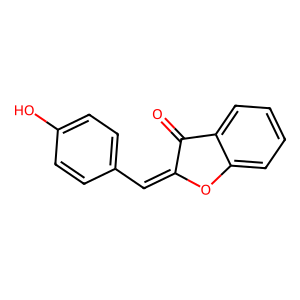
SMILES: O=C1C(=Cc2ccc(O)cc2)Oc2ccccc21
Inhibits HIV replication: No